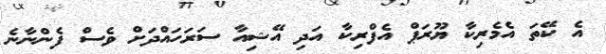
އެ ކޭތަ އެމެރިކާ ޔޫރަޕް އެފްރިކާ އަދި އޭޝިއާ ސަރަހައްދަށް ވެސް ފެންނާނެ